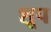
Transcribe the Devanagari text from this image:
शूप